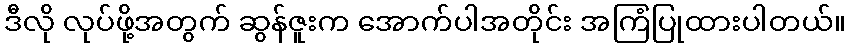
ဒီလို လုပ်ဖို့အတွက် ဆွန်ဇူးက အောက်ပါအတိုင်း အကြံပြုထားပါတယ်။